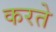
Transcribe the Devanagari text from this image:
करते